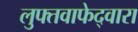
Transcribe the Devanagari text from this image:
लुफ्तवाफेद्वारा